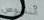
النصوص